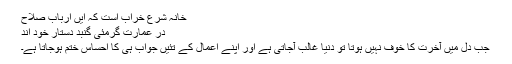
خانہ شرع خراب است کہ ایں ارباب صلاح
در عمارت گرمئی گنبد دستار خود اند
جب دل میں آخرت کا خوف نہیں ہوتا تو دنیا غالب آجاتی ہے اور اپنے اعمال کے تئیں جواب ہی کا احساس ختم ہوجاتا ہے۔